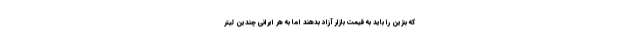
که بنزین را باید به قیمت بازار آزاد بدهند اما به هر ایرانی چندین لیتر